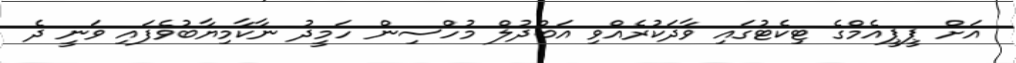
އަށް ޕީޕީއެމްގެ ޓިކެޓުގައި ވާދަކުރެއްވި އަބްދުލް މުހްސިން ހަމީދު ނާކާމިޔާބުވެފައި ވަނީ ދެ